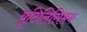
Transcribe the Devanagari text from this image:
यूटिलिसिमय